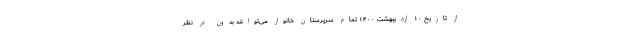
از تاریخ ۱۰ اردیبهشت ۱۴۰۰ تمام سرپرستان خانوار می‌توانند بدون در نظر